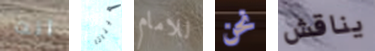
انت هيناتا للامام نحن يناقش